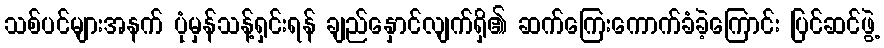
သစ်ပင်များအနက် ပုံမှန်သန့်ရှင်းရန် ချည်နှောင်လျက်ရှိ၏ ဆက်ကြေးကောက်ခံခဲ့ကြောင်း ပြင်ဆင်ဖွဲ့